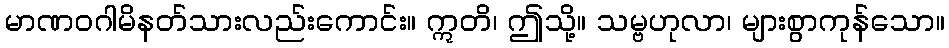
မာဏဝဂါမိနတ်သားလည်းကောင်း။ ဣတိ၊ ဤသို့။ သမ္ဗဟုလာ၊ များစွာကုန်သော။